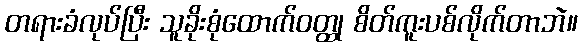
တရားခံလုပ်ပြီး သူခိုးစုံထောက်ဝတ္ထု စိတ်ကူးပစ်လိုက်တာဘဲ။